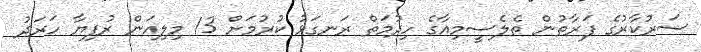
ސަރުކާރުގެ ފަރާތުން ތެލެސީމިއާގެ ހިދުމަތް ރަނގަޅު ކުރުމަށް 13 މިލިއަން ރުފިޔާ ހަރަދު